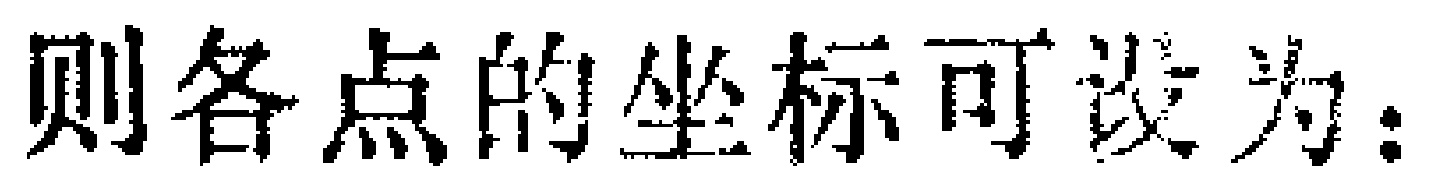
则各点的坐标可设为：